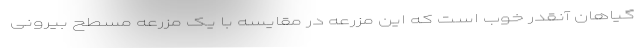
گیاهان آنقدر خوب است که این مزرعه در مقایسه با یک مزرعه مسطح بیرونی